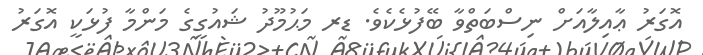
އޮގަރު ޢާއިލާއަށް ނިސްބަތްވާ ބޭފުޅެކެވެ. ޑރ މަޙުމޫދު ޝައުގީގެ މަންމާ ފުޅަކީ އޮގަރު